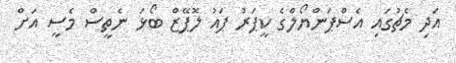
އަދި މެޗުގައި އެސްޕަންޔޯލްގެ ކީޕަރު ޕައު ލޮޕޭޒް ބޯޅަ ނެތީސް މެސީ އަށް